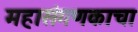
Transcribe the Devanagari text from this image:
महासंगणकाचा